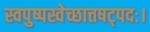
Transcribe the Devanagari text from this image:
स्वपुष्पस्वेच्छात्तषट्पदः।